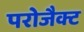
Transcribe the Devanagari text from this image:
परोजैक्ट